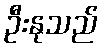
ဦးနုသည်